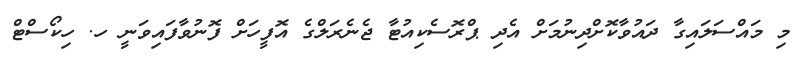
މި މައްސަލައިގާ ދައުވާކޮށްދިނުމަށް އެދި ޕްރޮސެކިއުޓާ ޖެނެރަލްގެ އޮފީހަށް ފޮނުވާފައިވަނީ ހ. ހިކޯސްޓް